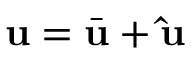
{ \mathbf { u } } = { \bar { \mathbf { u } } } + { \mathbf { \hat { u } } }